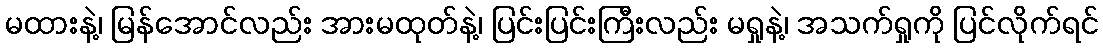
မထားနဲ့၊ မြန်အောင်လည်း အားမထုတ်နဲ့၊ ပြင်းပြင်းကြီးလည်း မရှုနဲ့၊ အသက်ရှုကို ပြင်လိုက်ရင်